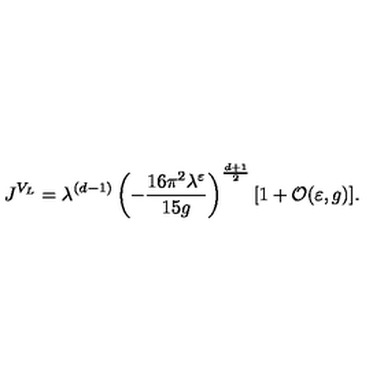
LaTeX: J ^ { V _ { L } } = \lambda ^ { ( d - 1 ) } \left( - \frac { 1 6 \pi ^ { 2 } \lambda ^ { \varepsilon } } { 1 5 g } \right) ^ { \frac { d + 1 } { 2 } } [ 1 + { \cal O } ( \varepsilon , g ) ] .